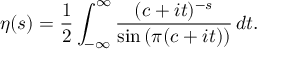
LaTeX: \eta ( s ) = { \frac { 1 } { 2 } } \int _ { - \infty } ^ { \infty } { \frac { ( c + i t ) ^ { - s } } { \sin { ( \pi ( c + i t ) ) } } } \, d t .